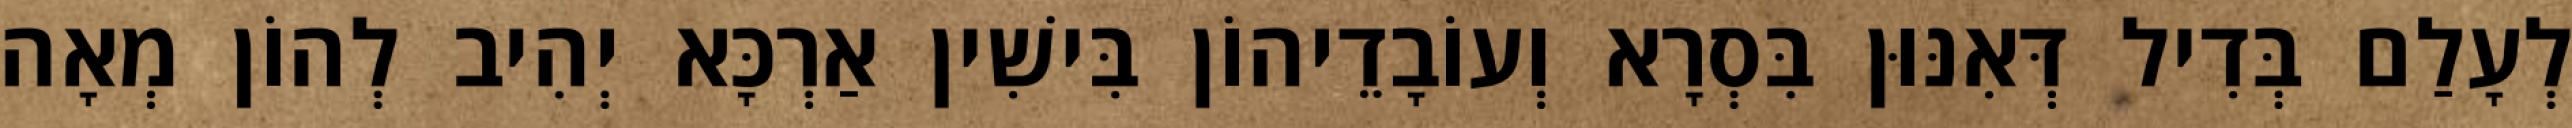
לְעָלַם בְּדִיל דְּאִנּוּן בִּסְרָא וְעוֹבָדֵיהוֹן בִּישִׁין אַרְכָּא יְהִיב לְהוֹן מְאָה